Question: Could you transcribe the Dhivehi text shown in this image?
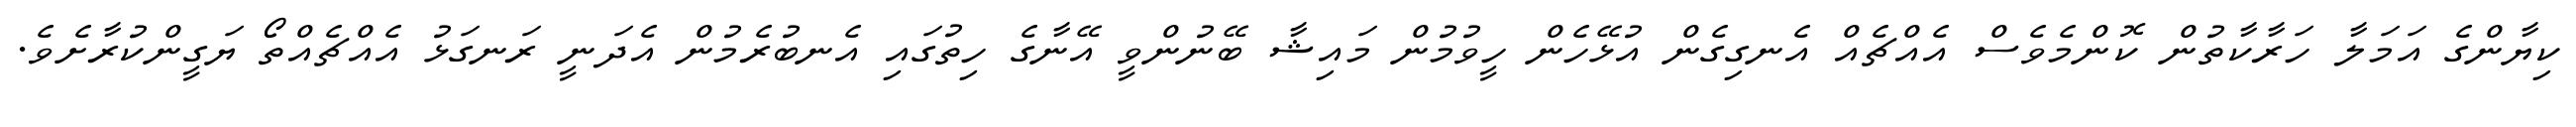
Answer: ކިޔާންގެ އަމަލާ ހަރާކާތުން ކޮންމެވެސް އެއްޗެއް އެނގިގެން އުޅޭހެން ހީވުމުން މައިޝާ ބޭނުންވީ އޭނާގެ ހިތުގައި އެނބުރެމުން އެދަނީ ރަނގަޅު އެއްޗެއްތޯ ޔަގީންކުރާށެވެ.